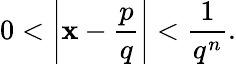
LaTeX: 0<\left|\mathbf{x}-{\frac{{p}}{{q}}}\right|<{\frac{{1}}{{q^{n}}}}.